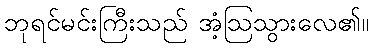
ဘုရင်မင်းကြီးသည် အံ့ဩသွားလေ၏။